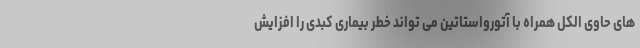
های حاوی الکل همراه با آتورواستاتین می تواند خطر بیماری کبدی را افزایش